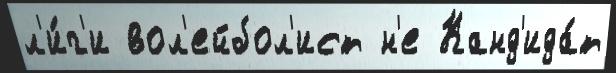
л'и́г'и вол'ейбол'ист н'е Канд'ида́т